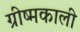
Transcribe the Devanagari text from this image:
ग्रीष्मकाली